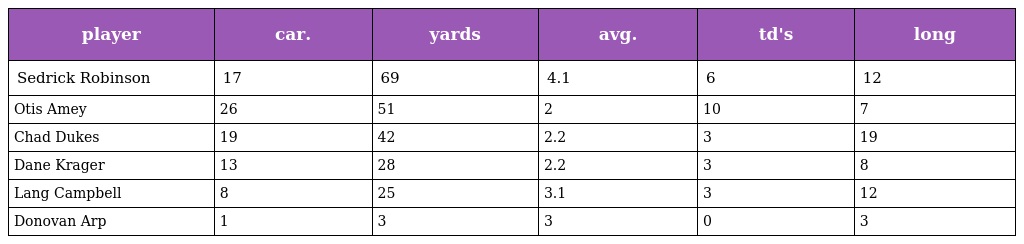
| player | car. | yards | avg. | td's | long |
 | --- | --- | --- | --- | --- | --- |
 | Sedrick Robinson | 17 | 69 | 4.1 | 6 | 12 |
 | Otis Amey | 26 | 51 | 2 | 10 | 7 |
 | Chad Dukes | 19 | 42 | 2.2 | 3 | 19 |
 | Dane Krager | 13 | 28 | 2.2 | 3 | 8 |
 | Lang Campbell | 8 | 25 | 3.1 | 3 | 12 |
 | Donovan Arp | 1 | 3 | 3 | 0 | 3 |